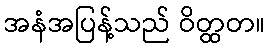
အနံအပြန့်သည် ဝိတ္ထတ။